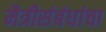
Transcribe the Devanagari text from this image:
मैत्रीसंबंधांचा